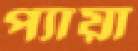
প্যায়া